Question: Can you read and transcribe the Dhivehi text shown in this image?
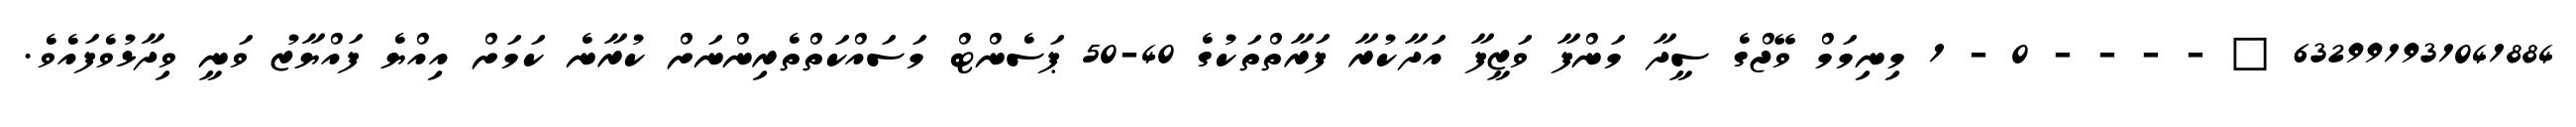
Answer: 632991931041884 ? - - - - 0 - 1 މިނިމަމް ވޭޖްގެ ސީދާ މަންފާ ވަޒީފާ އަދާކުރާ ފަރާތްތަކުގެ 40-50 ޕަސެންޓް މަސައްކަތްތެރިންނަށް ކުރާނެ ކަމަށް އިއްޔެ ފައްޔާޒު ވަނީ ވިދާޅުވެފައެވެ.